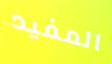
المفيد